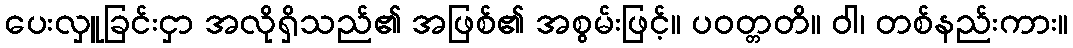
ပေးလှူခြင်းငှာ အလိုရှိသည်၏ အဖြစ်၏ အစွမ်းဖြင့်။ ပဝတ္တတိ။ ဝါ၊ တစ်နည်းကား။